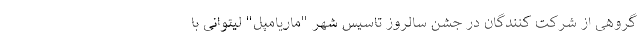
گروهی از شرکت کنندگان در جشن سالروز تاسیس شهر "ماریامپل" لیتوانی با